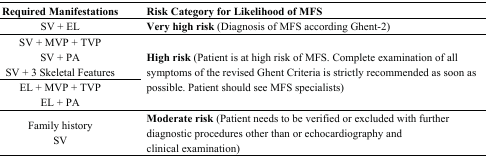
<table><thead><tr><td><b>Required Manifestations</b></td><td><b>Risk Category for Likelihood of MFS</b></td></tr></thead><tbody><tr><td>SV + EL</td><td><b>Very high risk</b> (Diagnosis of MFS according Ghent-2)</td></tr><tr><td>SV + MVP + TVP SV + PA SV + 3 Skeletal Features</td><td rowspan="2"><b>High risk</b> (Patient is at high risk of MFS. Complete examination of all symptoms of the revised Ghent Criteria is strictly recommended as soon as possible. Patient should see MFS specialists)</td></tr><tr><td>EL + MVP + TVP EL + PA</td></tr><tr><td>Family history SV</td><td><b>Moderate risk</b> (Patient needs to be verified or excluded with further diagnostic procedures other than or echocardiography and clinical examination)</td></tr></tbody></table>